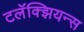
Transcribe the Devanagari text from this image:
टलॅक्झियन्स